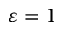
\varepsilon = 1